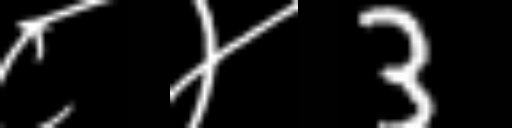
Text: ८४3